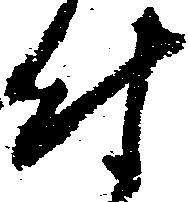
付